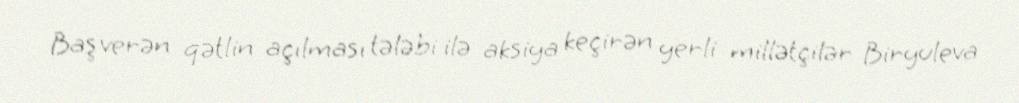
Baş verən qətlin açılması tələbi ilə aksiya keçirən yerli millətçilər Biryuleva